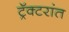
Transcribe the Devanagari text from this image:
ट्रॅक्टरांत